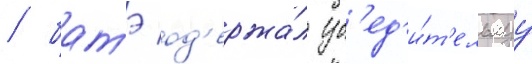
/ батэ од'ержа́л уб'ед'и́т'ельнуу